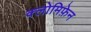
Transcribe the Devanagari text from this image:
क्लोमिफ़ेन